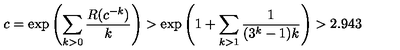
c = \exp \left( \sum _ { k > 0 } { \frac { R ( c ^ { - k } ) } { k } } \right) > \exp \left( 1 + \sum _ { k > 1 } { \frac { 1 } { ( 3 ^ { k } - 1 ) k } } \right) > 2 . 9 4 3